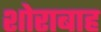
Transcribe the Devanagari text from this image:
शोराबाह